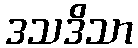
ဒသဒိသာ